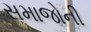
સમાજોની